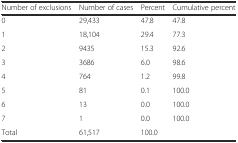
<table><thead><tr><td><b>Number of exclusions</b></td><td><b>Number of cases</b></td><td><b>Percent</b></td><td><b>Cumulative percent</b></td></tr></thead><tbody><tr><td>0</td><td>29,433</td><td>47.8</td><td>47.8</td></tr><tr><td>1</td><td>18,104</td><td>29.4</td><td>77.3</td></tr><tr><td>2</td><td>9435</td><td>15.3</td><td>92.6</td></tr><tr><td>3</td><td>3686</td><td>6.0</td><td>98.6</td></tr><tr><td>4</td><td>764</td><td>1.2</td><td>99.8</td></tr><tr><td>5</td><td>81</td><td>0.1</td><td>100.0</td></tr><tr><td>6</td><td>13</td><td>0.0</td><td>100.0</td></tr><tr><td>7</td><td>1</td><td>0.0</td><td>100.0</td></tr><tr><td>Total</td><td>61,517</td><td>100.0</td><td></td></tr></tbody></table>